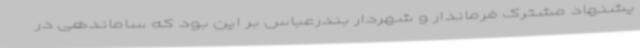
یشنهاد مشترک فرماندار و شهردار بندرعباس بر این بود که ساماندهی در